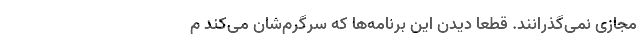
مجازی نمی‌گذرانند. قطعاً دیدن این برنامه‌ها که سرگرم‌شان می‌کند م